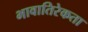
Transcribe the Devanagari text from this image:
भावातिरेकता